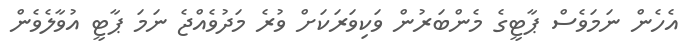
އެހެން ނަމަވެސް ޕާޓީގެ މެންބަރުން ވަކިވަރަކަށް ވުރެ މަދުވެއްޖެ ނަމަ ޕާޓީ އުވާލެވެން